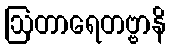
ဩတာရေတဗ္ဗာနိ